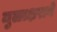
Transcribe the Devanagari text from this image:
मुळाक्षराने